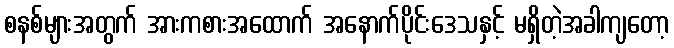
စနစ်များအတွက် အားကစားအထောက် အနောက်ပိုင်းဒေသနှင့် မရှိတဲ့အခါကျတော့